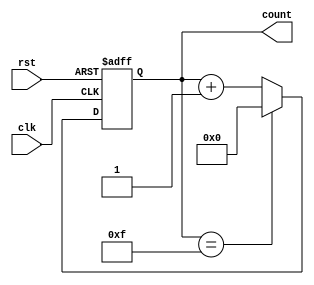
module binary_counter (
    input wire clk,      // Clock signal
    input wire rst,      // Asynchronous reset signal
    output reg [3:0] count // 4-bit output representing the current count
);
    
    // State transition logic
    always @(posedge clk or posedge rst) begin
        if (rst) begin
            // If reset is high, set count to 0000
            count <= 4'b0000;
        end else begin
            // Increment count, and wrap around at 15 (1111)
            if (count == 4'b1111) begin
                count <= 4'b0000;
            end else begin
                count <= count + 1;
            end
        end
    end

endmodule